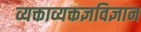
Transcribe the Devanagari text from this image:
व्यक्ताव्यक्तज्ञविज्ञान